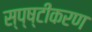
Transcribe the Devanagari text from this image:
स्प्ष्टीकरण